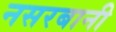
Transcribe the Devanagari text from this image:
नसरबानी